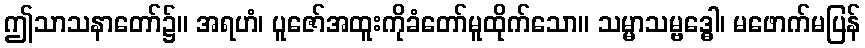
ဤသာသနာတော်၌။ အရဟံ၊ ပူဇော်အထူးကိုခံတော်မူထိုက်သော။ သမ္မာသမ္ဗဒ္ဓေါ၊ မဖောက်မပြန်